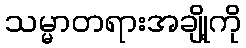
သမ္မာတရားအချို့ကို